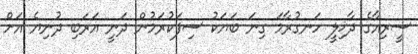
ސީރިއާގެ ދާޚިލީ ހަނގުރާމަ ގިނަ ބަޔަކު ސިފަކުރަމުން ދަނީ އަރަބި ދުނިޔެ އަށް